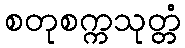
စတုစက္ကသုတ္တံ